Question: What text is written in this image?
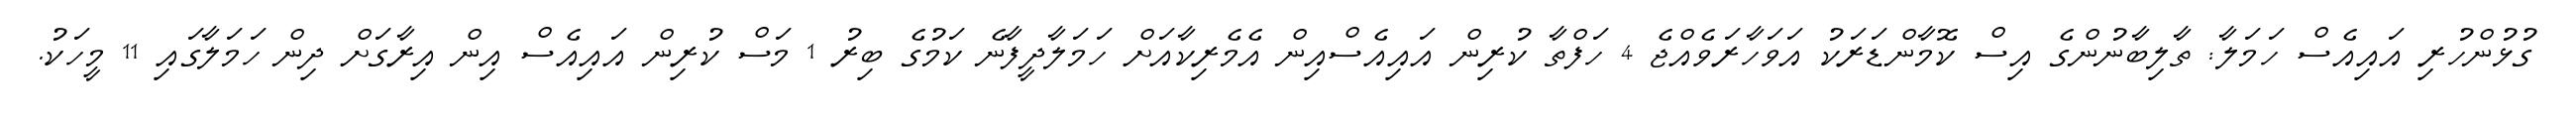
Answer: ގުޅުންހުރި އައިއެސް ހަމަލާ: ތާލިބާނުންގެ އިސް ކޮމާންޑަރަކު އަވަހާރަވެއްޖެ 4 ހަފްތާ ކުރިން އައިއެސްއިން އެމެރިކާއަށް ހަމަލާދީފާނެ ކަމުގެ ބިރު 1 މަސް ކުރިން އައިއެސް އިން އިރާގަށް ދިން ހަމަލާގައި 11 މީހަކު.